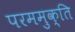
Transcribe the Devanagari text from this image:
परममुक्ति